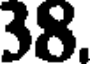
38.